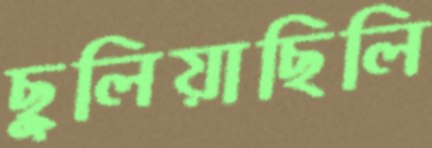
ছুলিয়াছিলি